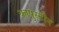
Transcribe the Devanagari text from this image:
कापुस्टीन